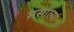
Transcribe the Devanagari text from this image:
मसाल्यां